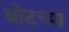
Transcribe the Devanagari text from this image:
थ्रोटच्या